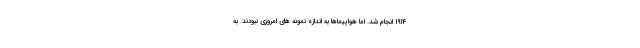
1914 انجام شد. اما هواپیماها به اندازه نمونه های امروزی نبودند. به